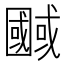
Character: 𭍷